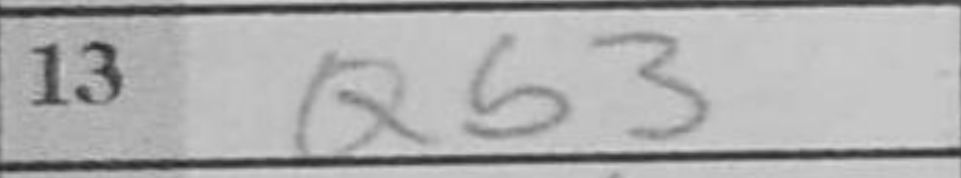
Transcription: Qb3